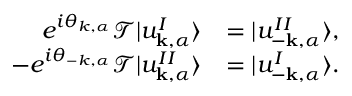
\begin{array} { r l } { e ^ { i \theta _ { k , \alpha } } \mathcal { T } | u _ { \mathbf { k } , \alpha } ^ { I } \rangle } & { = | u _ { - \mathbf { k } , \alpha } ^ { I I } \rangle , } \\ { - e ^ { i \theta _ { - k , \alpha } } \mathcal { T } | u _ { \mathbf { k } , \alpha } ^ { I I } \rangle } & { = | u _ { - \mathbf { k } , \alpha } ^ { I } \rangle . } \end{array}